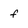
Character: f